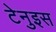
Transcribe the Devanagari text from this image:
टेनुइस